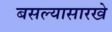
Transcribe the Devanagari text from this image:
बसल्यासारखे